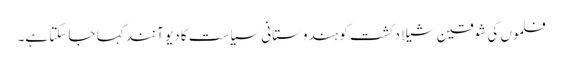
فلموں کی شوقین شیلا دکشت کو ہندوستانی سیاست کا دیو آنند کہا جا سکتا ہے۔